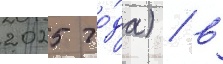
2025 го́да) / в